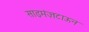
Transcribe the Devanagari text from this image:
साइमंज़टाऊन